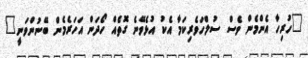
"ހުރިހާ އެންމެން ވެސް ސުލްހަވެރިކަމާ އެކު އުޅެވޭނެ ގޮތެއް ހޯދަން އަހަރެމެން ބޭނުންވަނީ"